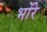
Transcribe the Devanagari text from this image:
भोंरे